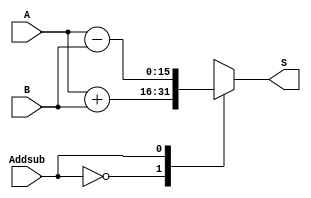
module Addsub(input Addsub, input[15:0]A,B, output reg[15:0] S);

  always@(Addsub, A, B)
	case(Addsub)
		0:S <= A + B;
		1:S <= A - B;
	endcase
	
endmodule